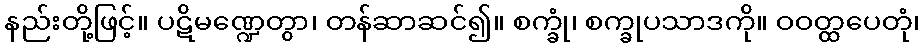
နည်းတို့ဖြင့်။ ပဋိမဏ္ဍေတွာ၊ တန်ဆာဆင်၍။ စက္ခုံ၊ စက္ခုပသာဒကို။ ဝဝတ္ထပေတုံ၊